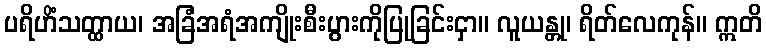
ပရိဟိံသတ္ထာယ၊ အခြံအရံအကျိုးစီးပွားကိုပြုခြင်းငှာ။ လူယန္တု၊ ရိတ်လေကုန်။ ဣတိ